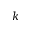
k